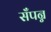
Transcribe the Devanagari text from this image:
सँपन्न